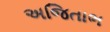
અજિતાભ